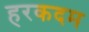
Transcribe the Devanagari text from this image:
हरकदम